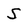
Character: S